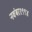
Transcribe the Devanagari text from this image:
नवंबर१९९४